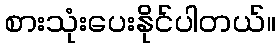
စားသုံးပေးနိုင်ပါတယ်။